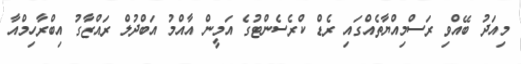
މިއަދު ބޭއްވި ރަސްމިއްޔާތެއްގައި ރެޑް ކްރެސެންޓުގެ އަމީން އާއްމު އަބްދުލް ރައްޒާގު އިބްރާހިމްއާ